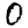
Digit: 0